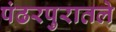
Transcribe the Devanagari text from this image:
पंढरपुरातले